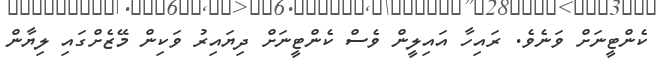
ކެންޓީނަށް ވަނެވެ. ރައިހާ އައިލީން ވެސް ކެންޓީނަށް ދިޔައިރު ވަކިން މޭޒެށްގައި ލިޔާން